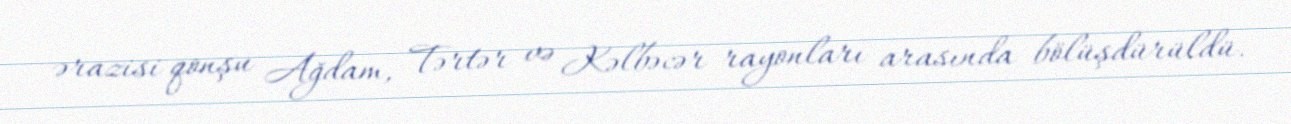
ərazisi qonşu Ağdam, Tərtər və Kəlbəcər rayonları arasında bölüşdürüldü.